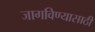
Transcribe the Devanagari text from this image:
जागविण्यासाठी